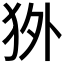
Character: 𰡇